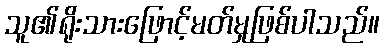
သူ၏ရိုးသားဖြောင့်မတ်မှုဖြစ်ပါသည်။